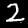
Label: 2